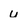
Character: u